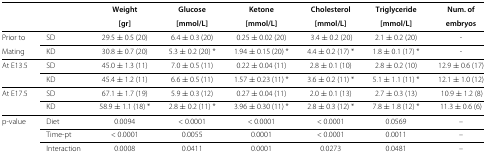
|  |  | Weight | Glucose | Ketone | Cholesterol | Triglyceride | Num. of |
 |  |  | [gr] | [mmol/L] | [mmol/L] | [mmol/L] | [mmol/L] | embryos |
 | --- | --- | --- | --- | --- | --- | --- | --- |
 | Prior to | SD | 29.5±0.5 (20) | 6.4±0.3 (20) | 0.25±0.02 (20) | 3.4±0.2 (20) | 2.1±0.2 (20) | - |
 | Mating | KD | 30.8±0.7 (20) | 5.3±0.2 (20) * | 1.94±0.15 (20) * | 4.4±0.2 (17) * | 1.8±0.1 (17) * | - |
 | At E13.5 | SD | 45.0±1.3 (11) | 7.0±0.5 (11) | 0.22±0.04 (11) | 2.8±0.1 (10) | 2.8±0.2 (10) | 12.9±0.6 (17) |
 |  | KD | 45.4±1.2 (11) | 6.6±0.5 (11) | 1.57±0.23 (11) * | 3.6±0.2 (11) * | 5.1±1.1 (11) * | 12.1±1.0 (12) |
 | At E17.5 | SD | 67.1±1.7 (19) | 5.9±0.3 (12) | 0.27±0.04 (11) | 2.0±0.1 (13) | 2.7±0.3 (13) | 10.9±1.2 (8) |
 |  | KD | 58.9±1.1 (18) * | 2.8±0.2 (11) * | 3.96±0.30 (11) * | 2.8±0.3 (12) * | 7.8±1.8 (12) * | 11.3±0.6 (6) |
 | p-value | Diet | 0.0094 | < 0.0001 | < 0.0001 | < 0.0001 | 0.0569 | – |
 |  | Time-pt | < 0.0001 | 0.0055 | 0.0001 | < 0.0001 | 0.0011 | – |
 |  | Interaction | 0.0008 | 0.0411 | 0.0001 | 0.0273 | 0.0481 | – |